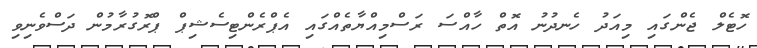
ހޮޓެލް ޖެންގައި މިއަދު ހެނދުނު އޮތް ހާއްސަ ރަސްމިއްޔާތެއްގައި އެޕްރެންޓިސެޝިޕް ޕްރޮގުރާމުން ދަސްވެނިވި